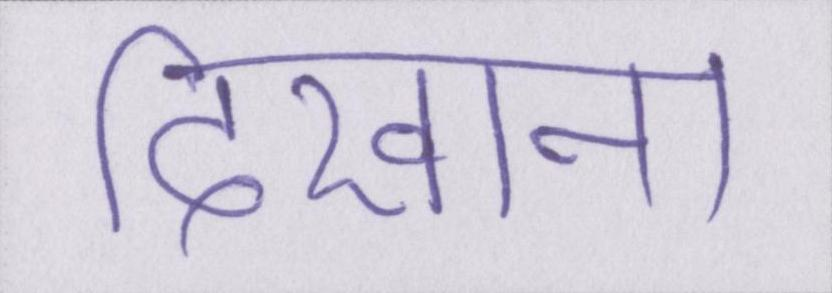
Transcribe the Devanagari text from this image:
दिखाना